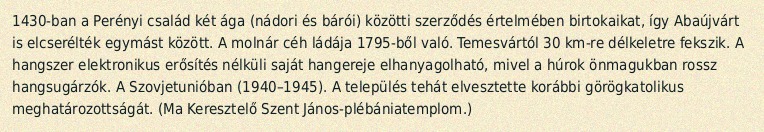
1430-ban a Perényi család két ága (nádori és bárói) közötti szerződés értelmében birtokaikat, így Abaújvárt is elcserélték egymást között. A molnár céh ládája 1795-ből való. Temesvártól 30 km-re délkeletre fekszik. A hangszer elektronikus erősítés nélküli saját hangereje elhanyagolható, mivel a húrok önmagukban rossz hangsugárzók. A Szovjetunióban (1940–1945). A település tehát elvesztette korábbi görögkatolikus meghatározottságát. (Ma Keresztelő Szent János-plébániatemplom.)